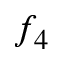
f _ { 4 }